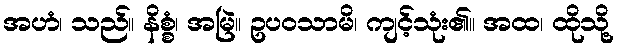
အဟံ၊ သည်။ နိစ္စံ၊ အမြဲ။ ဥပဝသာမိ၊ ကျင့်သုံး၏။ အထ၊ ထိုသို့